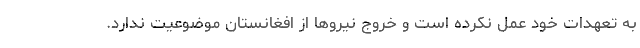
به تعهدات خود عمل نکرده است و خروج نیروها از افغانستان موضوعیت ندارد.